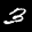
Label: 3